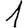
Digit: 1